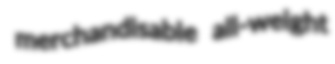
merchandisable all-weight